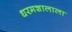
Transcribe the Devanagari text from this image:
धरमशालाला